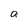
Character: a